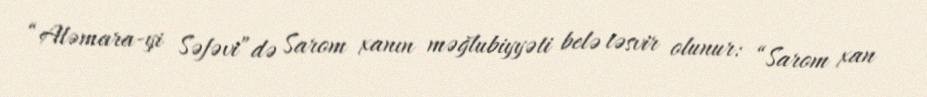
“Aləmara-yi Səfəvi”də Sarom xanın məğlubiyyəti belə təsvir olunur: “Sarom xan